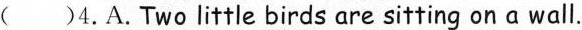
( )4. A. Two little birds are sitting on a wall.